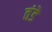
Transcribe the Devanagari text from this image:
तंडे